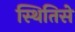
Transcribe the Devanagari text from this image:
स्थितिसे